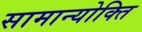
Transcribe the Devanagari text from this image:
सामान्योक्ति